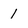
Character: 1